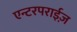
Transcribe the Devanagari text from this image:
एन्टरपराईज़